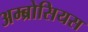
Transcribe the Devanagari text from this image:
अम्ब्रोसियस